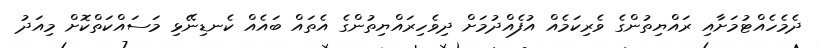
ދެމެހެއްޓުމަށާއި ރައްޔިތުންގެ ވެރިކަމެއް އުފެއްދުމަށް ދިވެހިރައްޔިތުންގެ އެތައް ބައެއް ކެނޑިނޭޅި މަސައްކަތްކޮށް މިއަދު